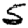
Digit: 5